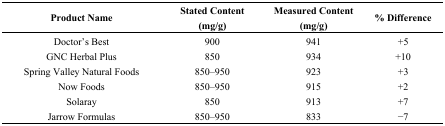
<table><thead><tr><td><b>Product Name</b></td><td><b>Stated Content(mg/g)</b></td><td><b>Measured Content(mg/g)</b></td><td><b>% Difference</b></td></tr></thead><tbody><tr><td>Doctor’s Best</td><td>900</td><td>941</td><td>+5</td></tr><tr><td>GNC Herbal Plus</td><td>850</td><td>934</td><td>+10</td></tr><tr><td>Spring Valley Natural Foods</td><td>850–950</td><td>923</td><td>+3</td></tr><tr><td>Now Foods</td><td>850–950</td><td>915</td><td>+2</td></tr><tr><td>Solaray</td><td>850</td><td>913</td><td>+7</td></tr><tr><td>Jarrow Formulas</td><td>850–950</td><td>833</td><td>−7</td></tr></tbody></table>